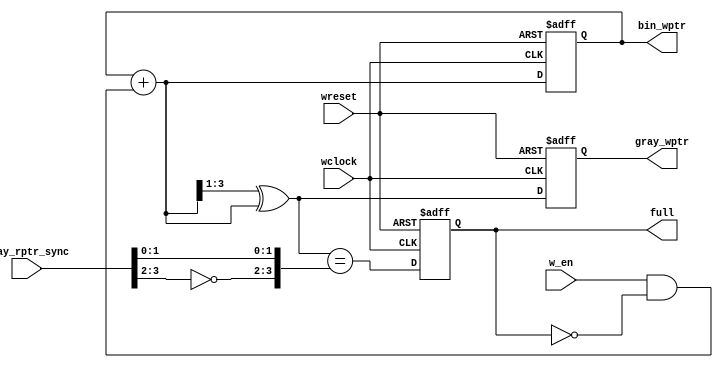
module write_pointer #(parameter PTR_WIDTH=3) (
  input wclock, wreset, w_en,
  input [PTR_WIDTH:0] gray_rptr_sync,
  output reg [PTR_WIDTH:0] bin_wptr, gray_wptr,
  output reg full
);

  reg [PTR_WIDTH:0] bin_wptr_next;
  reg [PTR_WIDTH:0] gray_wptr_next;
   
  reg wrap_around;
  wire wfull;
  
  assign bin_wptr_next = bin_wptr+(w_en & !full);
  assign gray_wptr_next = (bin_wptr_next >>1)^bin_wptr_next;
  
  always@(posedge wclock or negedge wreset) begin
    if(!wreset) begin
      bin_wptr <= 0; // set default value
      gray_wptr <= 0;
    end
    else begin
      bin_wptr <= bin_wptr_next; // increment binary write pointer
      gray_wptr <= gray_wptr_next; // increment gray write pointer
    end
  end
  
  always@(posedge wclock or negedge wreset) begin
    if(!wreset) full <= 0;
    else        full <= wfull;
  end

  assign wfull = (gray_wptr_next == {~gray_rptr_sync[PTR_WIDTH:PTR_WIDTH-1], gray_rptr_sync[PTR_WIDTH-2:0]});

endmodule